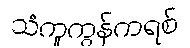
သံကူကွန်ကရစ်